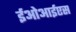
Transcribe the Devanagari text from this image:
ईओआईएस